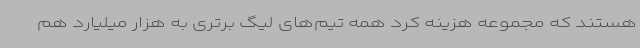
هستند که مجموعه هزینه کرد همه تیم‌های لیگ برتری به هزار میلیارد هم